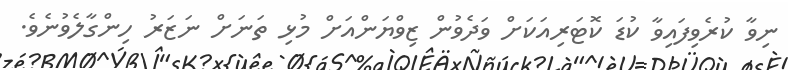
ނިވާ ކުރެވިފައިވާ ކުޑަ ކޮޓަރިއަކަށް ވަދެވުން ޒިވްޔަންއަށް މުޅި ތަނަށް ނަޒަރު ހިންގާލެވުނެވެ.